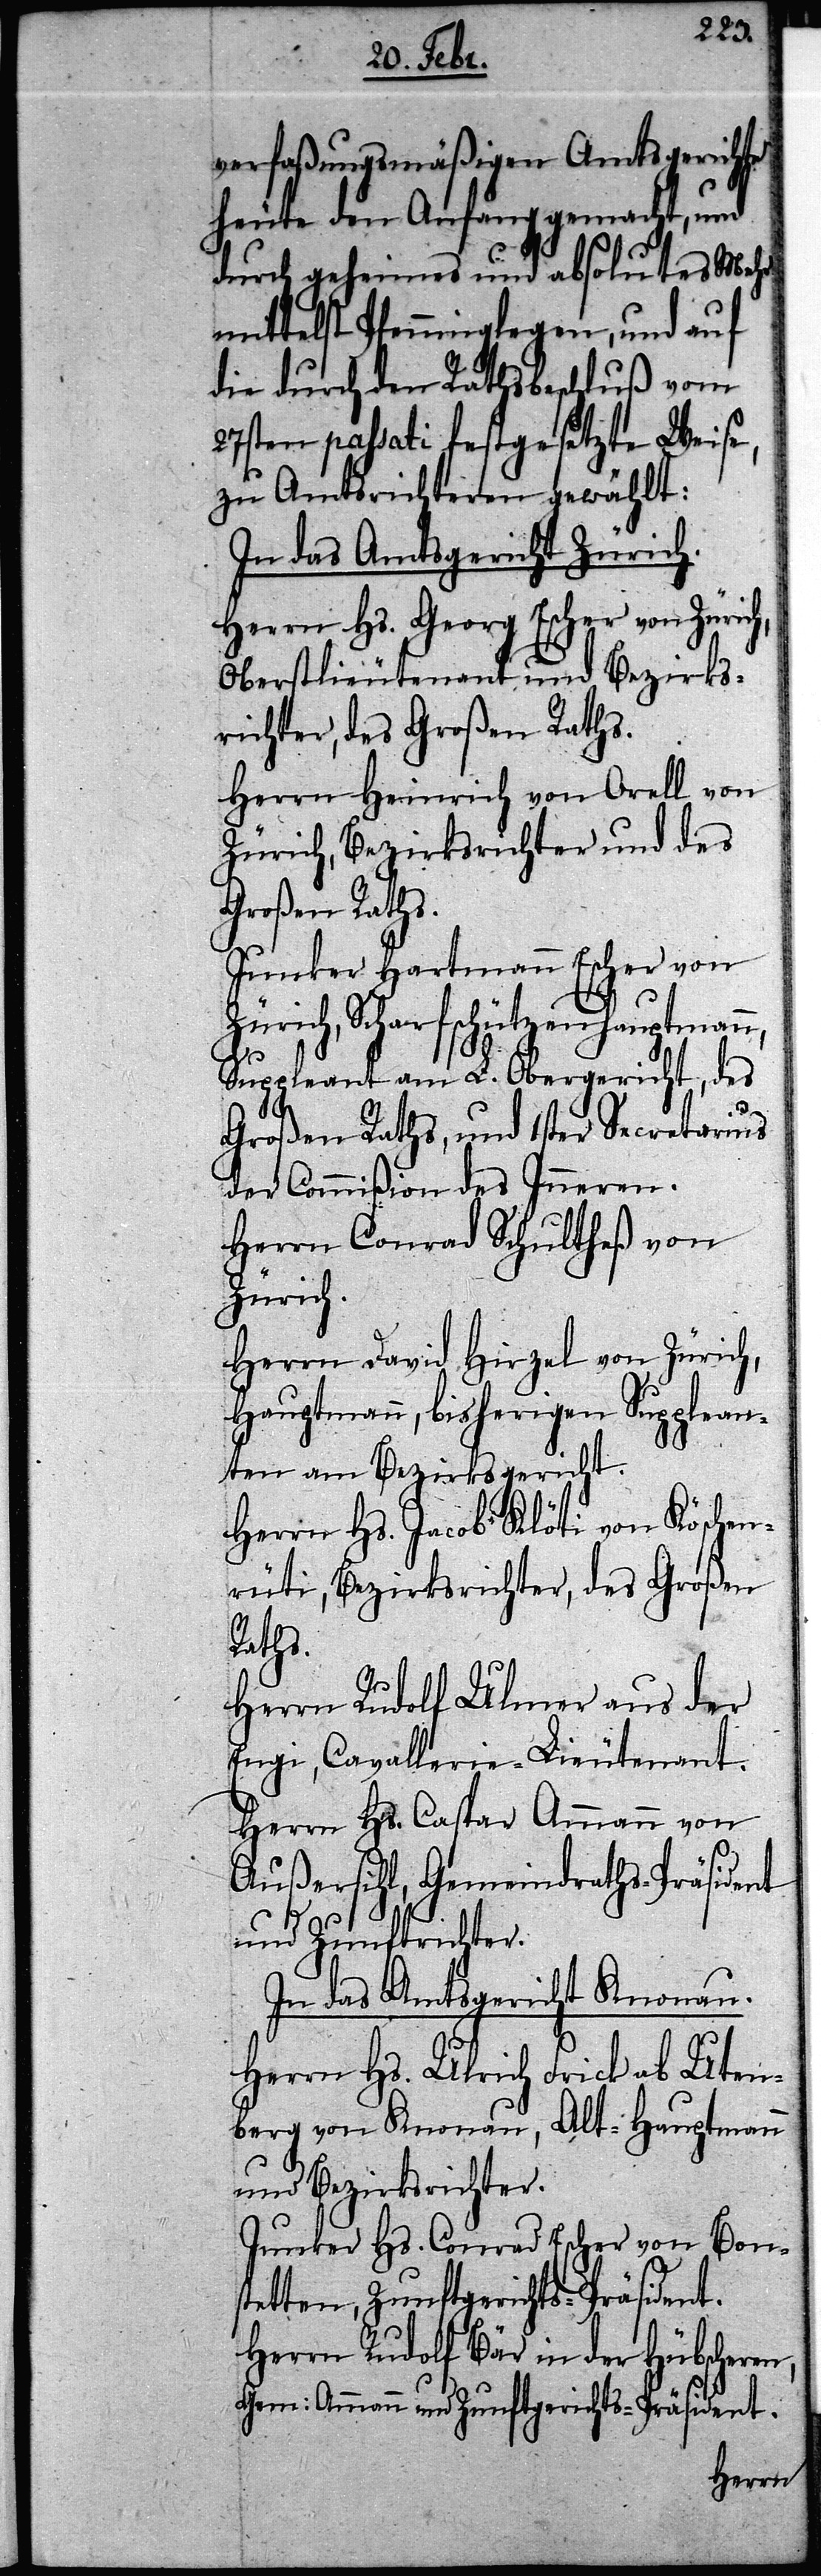
verfaßungsmäßigen Amtsgerichte
heute den Anfang gemacht, und
durch geheimes und absolutes mehr
mittelst Pfenninglegen, und auf
die durch den Rathsbeschluß vom
27sten passati festgesetzte Weise,
zu Amtsrichteren gewählt:
In das Amtsgericht Zürich.
Herrn Hs. Georg Escher von Zürich,
Oberstlieutenant und Bezirks¬
richter, des Großen Raths.
Herrn Heinrich von Orell von
Zürich, Bezirksrichter und des
Großen Raths.
Junker Hartmann Escher von
Zürich, Scharfschützenhauptmann,
Suppleant am L. Obergericht, des
Großen Raths, und 1ster Secretarius
der Commißion des Inneren.
Herrn Conrad Schultheß von
Zürich.
Herrn David Hirzel von Zürich,
Hauptmann, bisherigen Supplean¬
ten am Bezirksgericht.
Herrn Hs. Jacob Klöti von Köschen¬
rüti, Bezirksrichter, des Großen
Raths.
Herrn Rudolf Ulmer aus der
Engi, Cavallerie-Lieutenant.
Herrn Hs. Caspar Ammann von
Außersihl, Gemeindraths-Präsident
und Zunftrichter.
In das Amtsgericht Knonau.
Herrn Hs. Ulrich Frick ab Uten¬
berg von Knonau, Alt-Hauptmann
und Bezirksrichter.
Junker Hs. Conrad Escher von Bons¬
tetten, Zunftgerichts-Präsident.
Herrn Rudolf Bär in der Hübscheren,
Gem: Ammann und Zunftgerichts-Präsident.